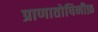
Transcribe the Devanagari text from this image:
प्राणातोषिनीफ़